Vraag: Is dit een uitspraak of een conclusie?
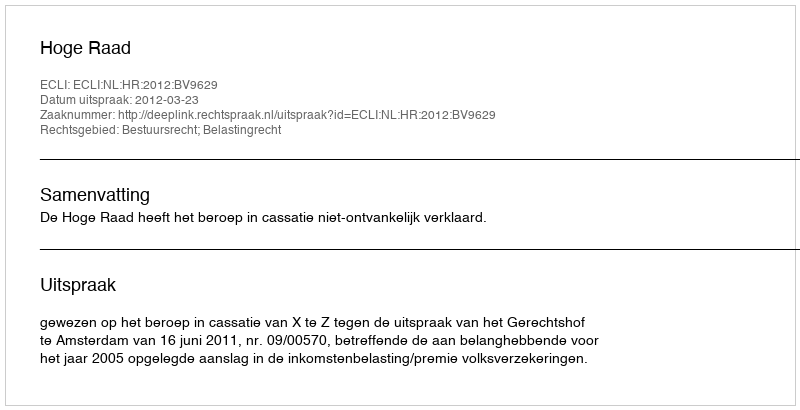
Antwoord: Uitspraak